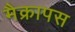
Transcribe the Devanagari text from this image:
मैक्रापस